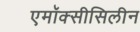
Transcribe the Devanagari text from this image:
एमॉक्सीसिलीन